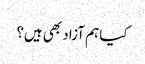
کیا ہم آزاد بھی ہیں؟